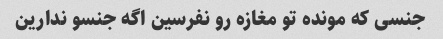
جنسی که مونده تو مغازه رو نفرسین اگه‌ جنسو ندارین